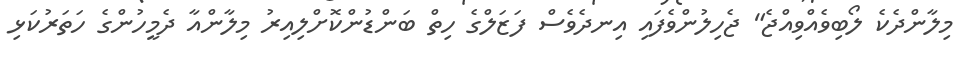
މިލާންދެކެ ލޯބިވެއްވިއްޖެ" ޖެހިލުންވެފައި އިނދެވެސް ފަޒަލްގެ ހިތް ބަންޑުންކޮށްލިއިރު މިލާންއާ ދެމީހުންގެ ހަތަރުކަޅި